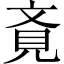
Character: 斍